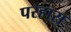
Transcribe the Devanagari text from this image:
परहास